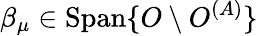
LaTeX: \beta_{\mu}\in\operatorname{Span}\{ O\setminus O^{(A)}\}